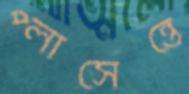
প্লাসেন্তে